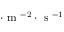
\cdot \mathrm { ~ m ~ } ^ { - 2 } \cdot \mathrm { ~ s ~ } ^ { - 1 }